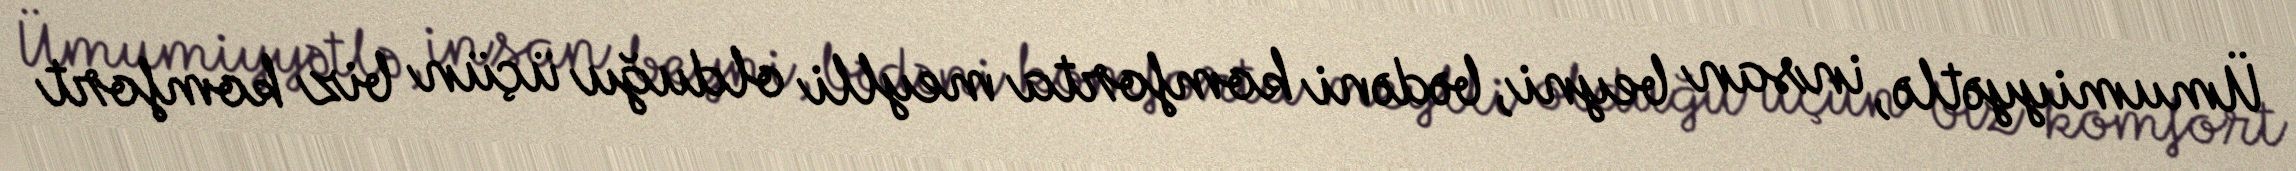
Ümumiyyətlə, insan beyni, bədəni komforta meylli olduğu üçün biz komfort